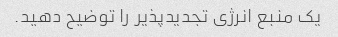
یک منبع انرژی تجدیدپذیر را توضیح دهید.